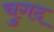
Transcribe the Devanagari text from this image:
चुगद